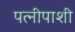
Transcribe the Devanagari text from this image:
पत्नीपाशी